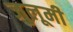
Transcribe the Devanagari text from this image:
जुलूमी